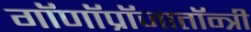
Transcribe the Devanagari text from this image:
गॉणॉप्रॉजातॉन्त्री